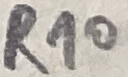
Text: R10